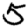
Digit: 5